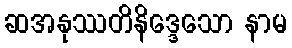
ဆအနုဿတိနိဒ္ဒေသော နာမ